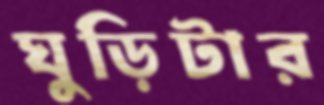
ঘুড়িটার